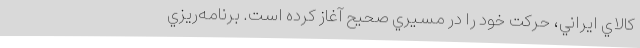
كالاي ايراني، حركت خود را در مسيري صحيح آغاز كرده است. برنامه‌ريزي